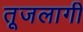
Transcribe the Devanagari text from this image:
तूजलागी